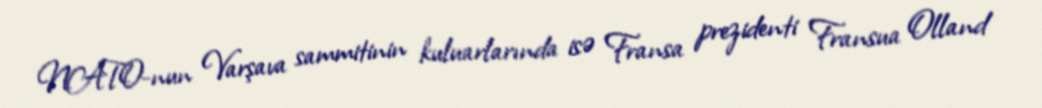
NATO-nun Varşava sammitinin kuluarlarında isə Fransa prezidenti Fransua Olland